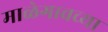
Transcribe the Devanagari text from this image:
माळेगावच्या